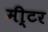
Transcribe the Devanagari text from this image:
मी्टर